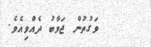
ވަގުތުން ޖަވާބު ދެއްވިއެވެ.